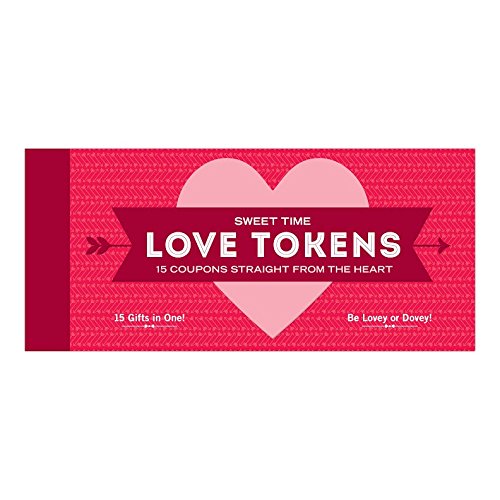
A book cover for Knock Knock Love Tokens; Knock Knock; Crafts, Hobbies & Home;